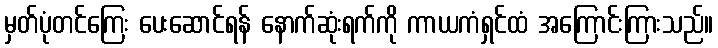
မှတ်ပုံတင်ကြေး ပေးဆောင်ရန် နောက်ဆုံးရက်ကို ကာယကံရှင်ထံ အကြောင်းကြားသည်။